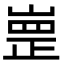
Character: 㟵